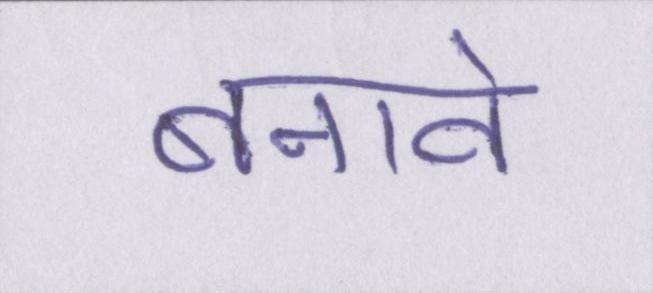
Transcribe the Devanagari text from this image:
बनावे